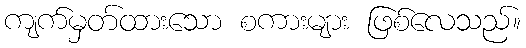
ကျက်မှတ်ထားသော စကားများ ဖြစ်လေသည်။